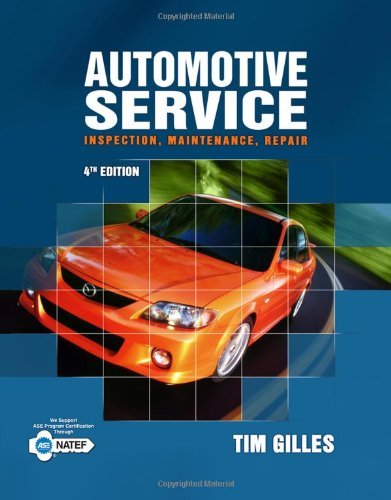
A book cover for Automotive Service: Inspection, Maintenance, Repair; Tim Gilles; Engineering & Transportation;